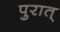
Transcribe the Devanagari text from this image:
पुरात्